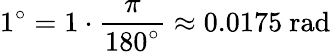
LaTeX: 1^{\circ}=1\cdot{\frac{\pi}{180^{\circ}}}\approx 0.0175{\mathrm{~rad}}